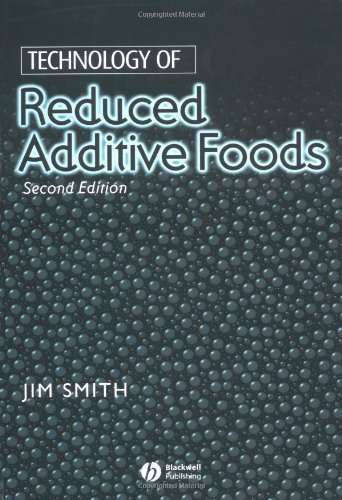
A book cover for Technology of Reduced Additive Foods; Health, Fitness & Dieting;